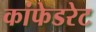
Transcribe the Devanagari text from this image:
कांफेडरेट